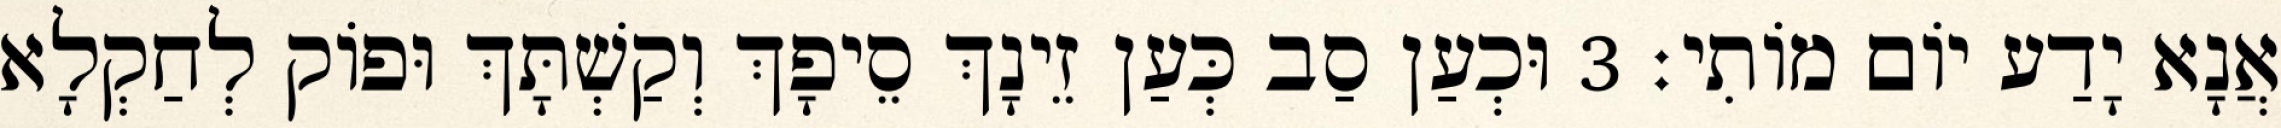
אֲנָא יָדַע יוֹם מוֹתִי׃ 3 וּכְעַן סַב כְּעַן זֵינָךְ סֵיפָךְ וְקַשְׁתָּךְ וּפוֹק לְחַקְלָא